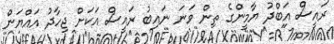
ރައީސް އަބްދު ޔާމީންގެ ތިން ވަނަ ނައިބު ރައީސް އަކަށް ޖިހާދު އައްޔަން